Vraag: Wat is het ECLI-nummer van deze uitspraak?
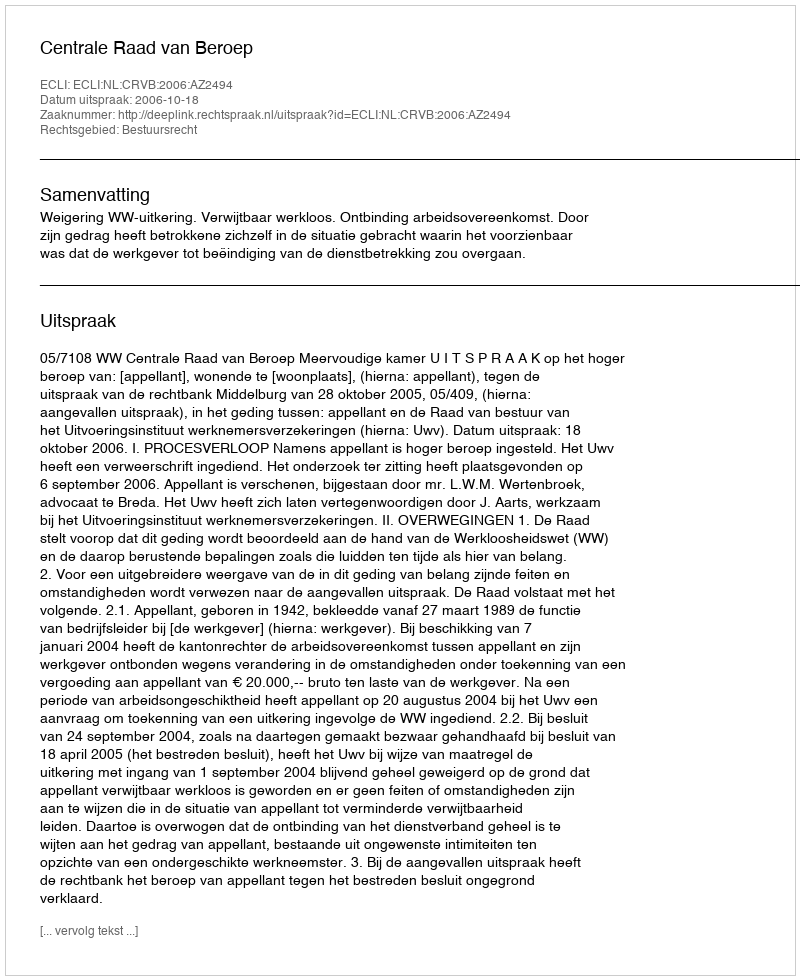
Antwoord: ECLI:NL:CRVB:2006:AZ2494